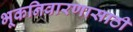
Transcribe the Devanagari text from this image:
भूकनिवारणासाठी